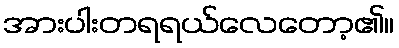
အားပါးတရရယ်လေတော့၏။